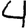
Digit: 4